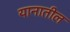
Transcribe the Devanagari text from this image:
यानातील